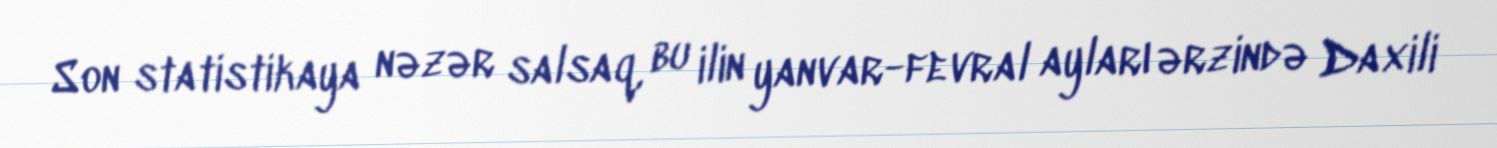
Son statistikaya nəzər salsaq, bu ilin yanvar-fevral ayları ərzində Daxili